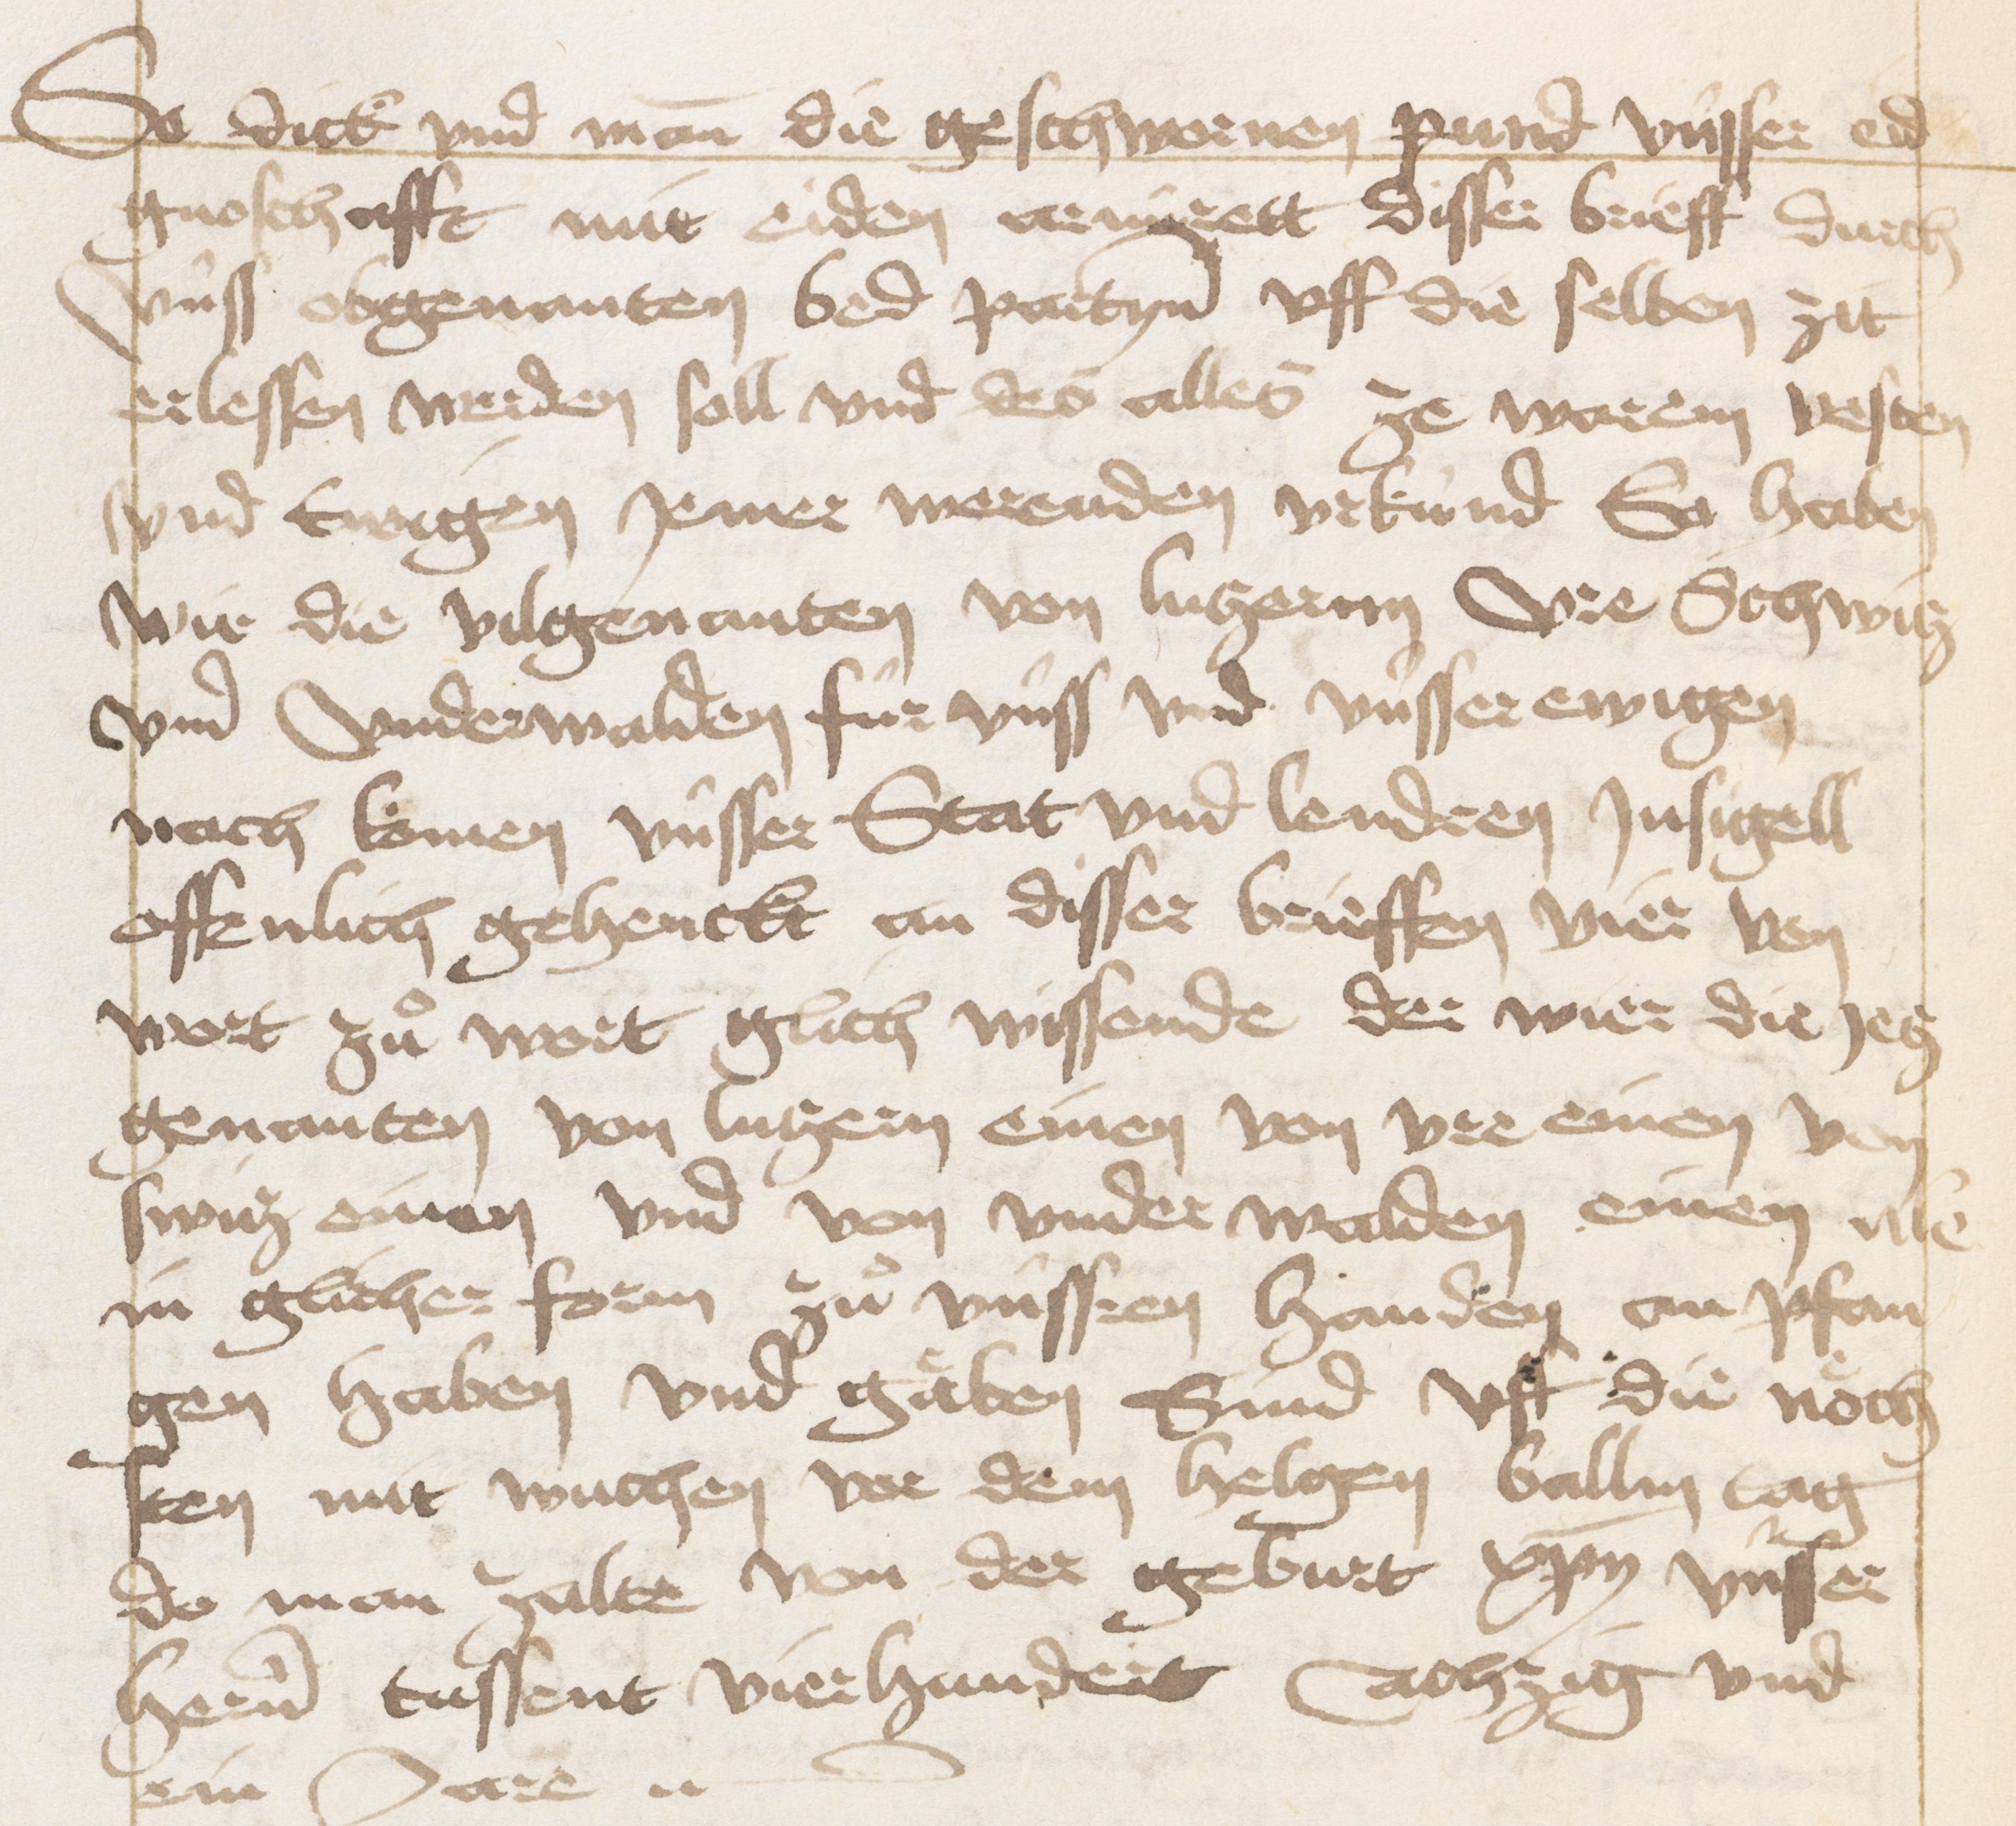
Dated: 1470–1607